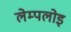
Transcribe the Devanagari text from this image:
लेम्पलोइ